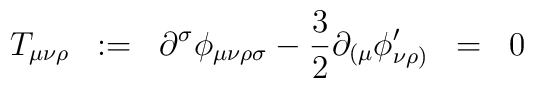
T_{\mu\nu\rho} \;\; :=\;\; \partial^{\sigma} \phi_{\mu\nu\rho\sigma} - \frac{3}{2} \partial_{( \mu} \phi^{\prime}_{\nu\rho  )} \;\; =\;\; 0